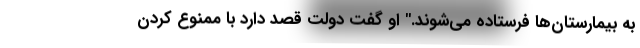
به بیمارستان‌ها فرستاده می‌شوند." او گفت دولت قصد دارد با ممنوع کردن